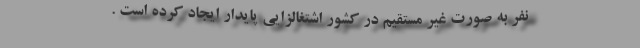
نفر به صورت غیر مستقیم در کشور اشتغالزایی پایدار ایجاد کرده است .